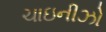
ચાઇનીઝો